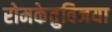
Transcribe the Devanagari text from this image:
रोमकेतुविजया